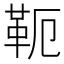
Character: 𩉴